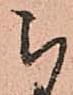
被